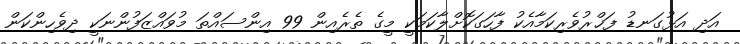
އަދި އަޅުގަނޑު ފަޚްރުވެރިކަމާއެކު ފާހަގަކޮށްލާކަމަކީ މީގެ ތެރެއިން 99 އިންސައްތަ މުވައްޒަފުންނަކީ ދިވެހިންކަން